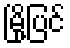
မြို့ပြင်